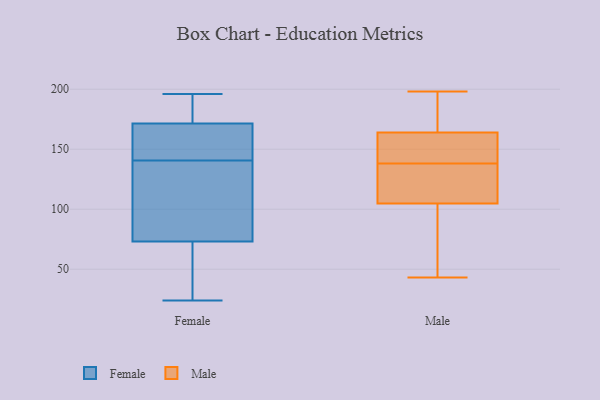
{"axis": {"x": "Demand Index", "y": "Value"}, "legend": ["Female", "Male"], "data": [{"x": "", "y": 167, "type": "Female"}, {"x": "", "y": 181, "type": "Female"}, {"x": "", "y": 173, "type": "Female"}, {"x": "", "y": 144, "type": "Female"}, {"x": "", "y": 170, "type": "Female"}, {"x": "", "y": 51, "type": "Female"}, {"x": "", "y": 24, "type": "Female"}, {"x": "", "y": 64, "type": "Female"}, {"x": "", "y": 82, "type": "Female"}, {"x": "", "y": 162, "type": "Female"}, {"x": "", "y": 194, "type": "Female"}, {"x": "", "y": 112, "type": "Female"}, {"x": "", "y": 114, "type": "Female"}, {"x": "", "y": 57, "type": "Female"}, {"x": "", "y": 137, "type": "Female"}, {"x": "", "y": 196, "type": "Female"}, {"x": "", "y": 95, "type": "Male"}, {"x": "", "y": 138, "type": "Male"}, {"x": "", "y": 119, "type": "Male"}, {"x": "", "y": 164, "type": "Male"}, {"x": "", "y": 105, "type": "Male"}, {"x": "", "y": 189, "type": "Male"}, {"x": "", "y": 147, "type": "Male"}, {"x": "", "y": 130, "type": "Male"}, {"x": "", "y": 164, "type": "Male"}, {"x": "", "y": 104, "type": "Male"}, {"x": "", "y": 43, "type": "Male"}, {"x": "", "y": 66, "type": "Male"}, {"x": "", "y": 150, "type": "Male"}, {"x": "", "y": 130, "type": "Male"}, {"x": "", "y": 161, "type": "Male"}, {"x": "", "y": 188, "type": "Male"}, {"x": "", "y": 198, "type": "Male"}]}